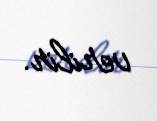
verilir.